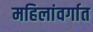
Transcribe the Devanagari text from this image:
महिलांवर्गात